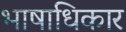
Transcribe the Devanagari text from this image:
भाषाधिकार